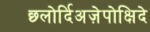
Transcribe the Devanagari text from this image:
छ्लोर्दिअज़ेपोक्षिदे